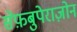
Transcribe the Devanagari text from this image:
सेफ़बुपेराज़ोन